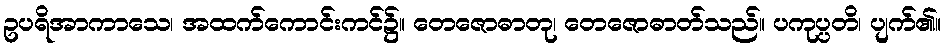
ဥပရိအာကာသေ၊ အထက်ကောင်းကင်၌။ တေဇောဓာတု၊ တေဇောဓာတ်သည်။ ပကုပ္ပတိ၊ ပျက်၏။